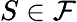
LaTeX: S\in{\mathcal{F}}